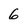
Character: 6